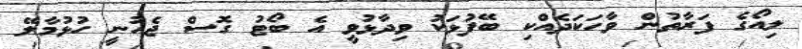
ލިއޯގެ ފަރާތުން ވާހަކަދެއްކި ބޭފުޅަކު ވިދާޅުވީ އެ ބޯޓު ގޮސް ޖެހުނީ ހުޅުމާލޭ